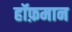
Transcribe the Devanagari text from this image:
हॉफ़मान